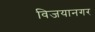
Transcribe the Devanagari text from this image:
विजयानगर